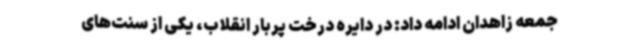
جمعه زاهدان ادامه داد: در دایره درخت پربار انقلاب، یکی از سنت‌های